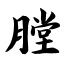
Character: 膛